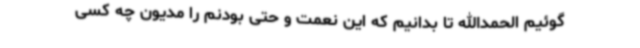
‌گوئیم الحمدالله تا بدانیم که این نعمت و حتی بودنم را مدیون چه کسی